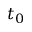
t _ { 0 }